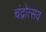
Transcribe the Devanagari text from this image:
चंद्रोत्सव